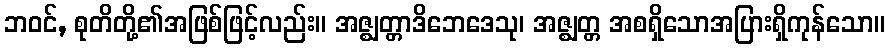
ဘဝင်, စုတိတို့၏အဖြစ်ဖြင့်လည်း။ အဇ္ဈတ္တာဒိဘေဒေသု၊ အဇ္ဈတ္တ အစရှိသောအပြားရှိကုန်သော။